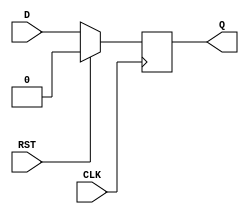
module SynchronousRegister (
    input wire D,          // Data Input
    input wire CLK,        // Clock Input
    input wire RST,        // Synchronous Reset Input
    output reg Q           // Data Output
);

// Always block triggered on the rising edge of the clock
always @(posedge CLK) begin
    if (RST) begin
        Q <= 1'b0;        // Reset the output to 0 when RST is asserted
    end else begin
        Q <= D;           // Capture the data input on the rising edge of the clock
    end
end

endmodule